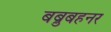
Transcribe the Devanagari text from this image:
बब्रुबहनर